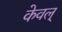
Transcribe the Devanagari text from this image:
केवल्